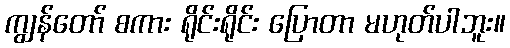
ကျွန်တော် စကား ရိုင်းရိုင်း ပြောတာ မဟုတ်ပါဘူး။